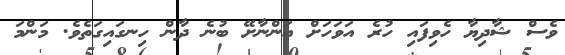
ވެސް ޝާދިޔާ ހެވިފައި ހުރެ އަވަހަށް އަންނާށޭ ބުނެ ދާން ހިނގައިގަތެވެ. މަންމަ